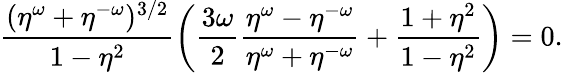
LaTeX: \frac{(\eta^{\omega}+\eta^{-\omega})^{3/2}}{1-\eta^{2}}\left(\frac{3\omega}2\frac{\eta^{\omega}-\eta^{-\omega}}{\eta^{\omega}+\eta^{-\omega}}+\frac{1+\eta^{2}}{1-\eta^{2}}\right)=0.